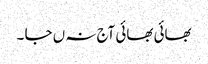
بھائی بھائی آج نہ ں جا ۔